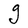
Character: g